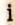
i